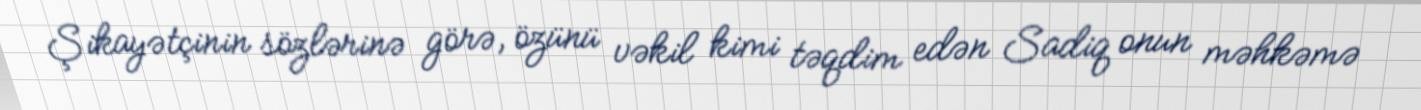
Şikayətçinin sözlərinə görə, özünü vəkil kimi təqdim edən Sadiq onun məhkəmə